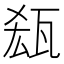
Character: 𱰉